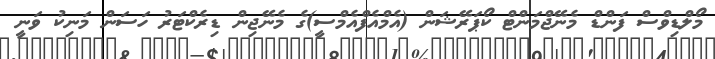
މޯލްޑިވްސް ފަންޑް މެނޭޖްމަންޓް ކޯޕަރޭޝަން (އެމްއެފްއެމްސީ)ގެ މެނޭޖިން ޑިރެކްޓަރު ހަސަން މަނިކު ވަނީ